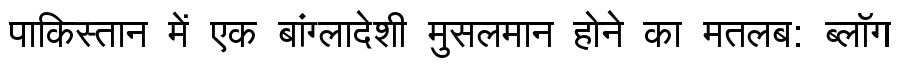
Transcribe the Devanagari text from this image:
पाकिस्तान में एक बांग्लादेशी मुसलमान होने का मतलब: ब्लॉग